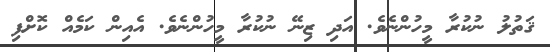
ޤަތުލު ނުކުރާ މީހުންނެވެ. އަދި ޒިނޭ ނުކުރާ މީހުންނެވެ. އެއިން ކަމެއް ކޮށްފި